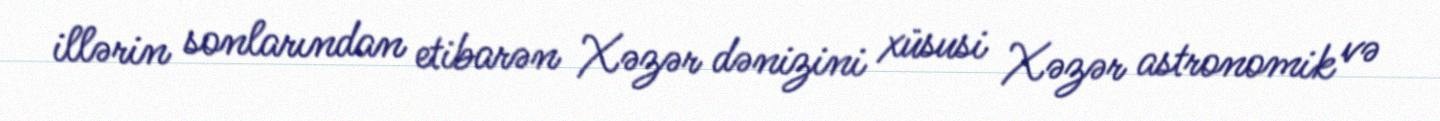
illərin sonlarından etibarən Xəzər dənizini xüsusi Xəzər astronomik və